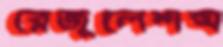
রেজুলেশন্স